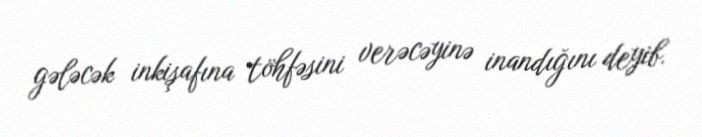
gələcək inkişafına töhfəsini verəcəyinə inandığını deyib.